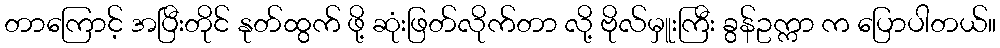
တာကြောင့် အပြီးတိုင် နုတ်ထွက် ဖို့ ဆုံးဖြတ်လိုက်တာ လို့ ဗိုလ်မှူးကြီး ခွန်ဥက္ကာ က ပြောပါတယ်။